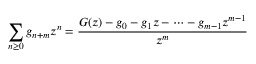
\sum _ { n \geq 0 } g _ { n + m } z ^ { n } = { \frac { G ( z ) - g _ { 0 } - g _ { 1 } z - \cdots - g _ { m - 1 } z ^ { m - 1 } } { z ^ { m } } }